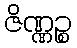
ဇိဏ္ဏဉ္စ